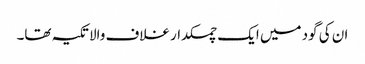
ان کی گود میں ایک چمکدار غلاف والا تکیہ تھا۔